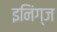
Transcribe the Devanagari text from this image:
इनिंग्ज